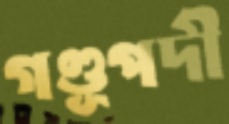
গণ্ডূপদী